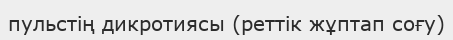
пульстің дикротиясы (реттік жұптап соғу)